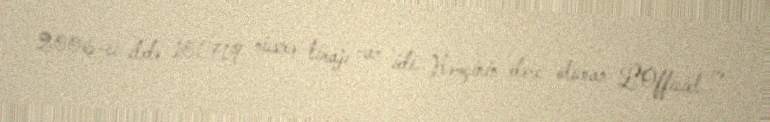
2006-cı ildə 101.719 nüsxə tirajı var idi. Həmçinin dərc olunan L'Officiel və